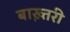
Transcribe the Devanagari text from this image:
बाख़्तरी